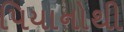
પિયાનોથી